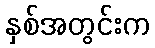
နှစ်အတွင်းက